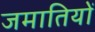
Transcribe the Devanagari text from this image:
जमातियों